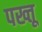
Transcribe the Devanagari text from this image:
पख्तू